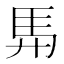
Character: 𮩴